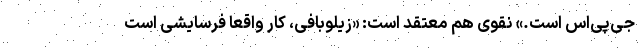
جی‌پی‌اس است.» نقوی هم معتقد است: «زیلوبافی، کار واقعا فرسایشی است